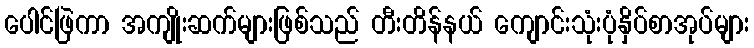
ပေါင်ဖြဲကာ အကျိုးဆက်များဖြစ်သည် တီးတိန်နယ် ကျောင်းသုံးပုံနှိပ်စာအုပ်များ